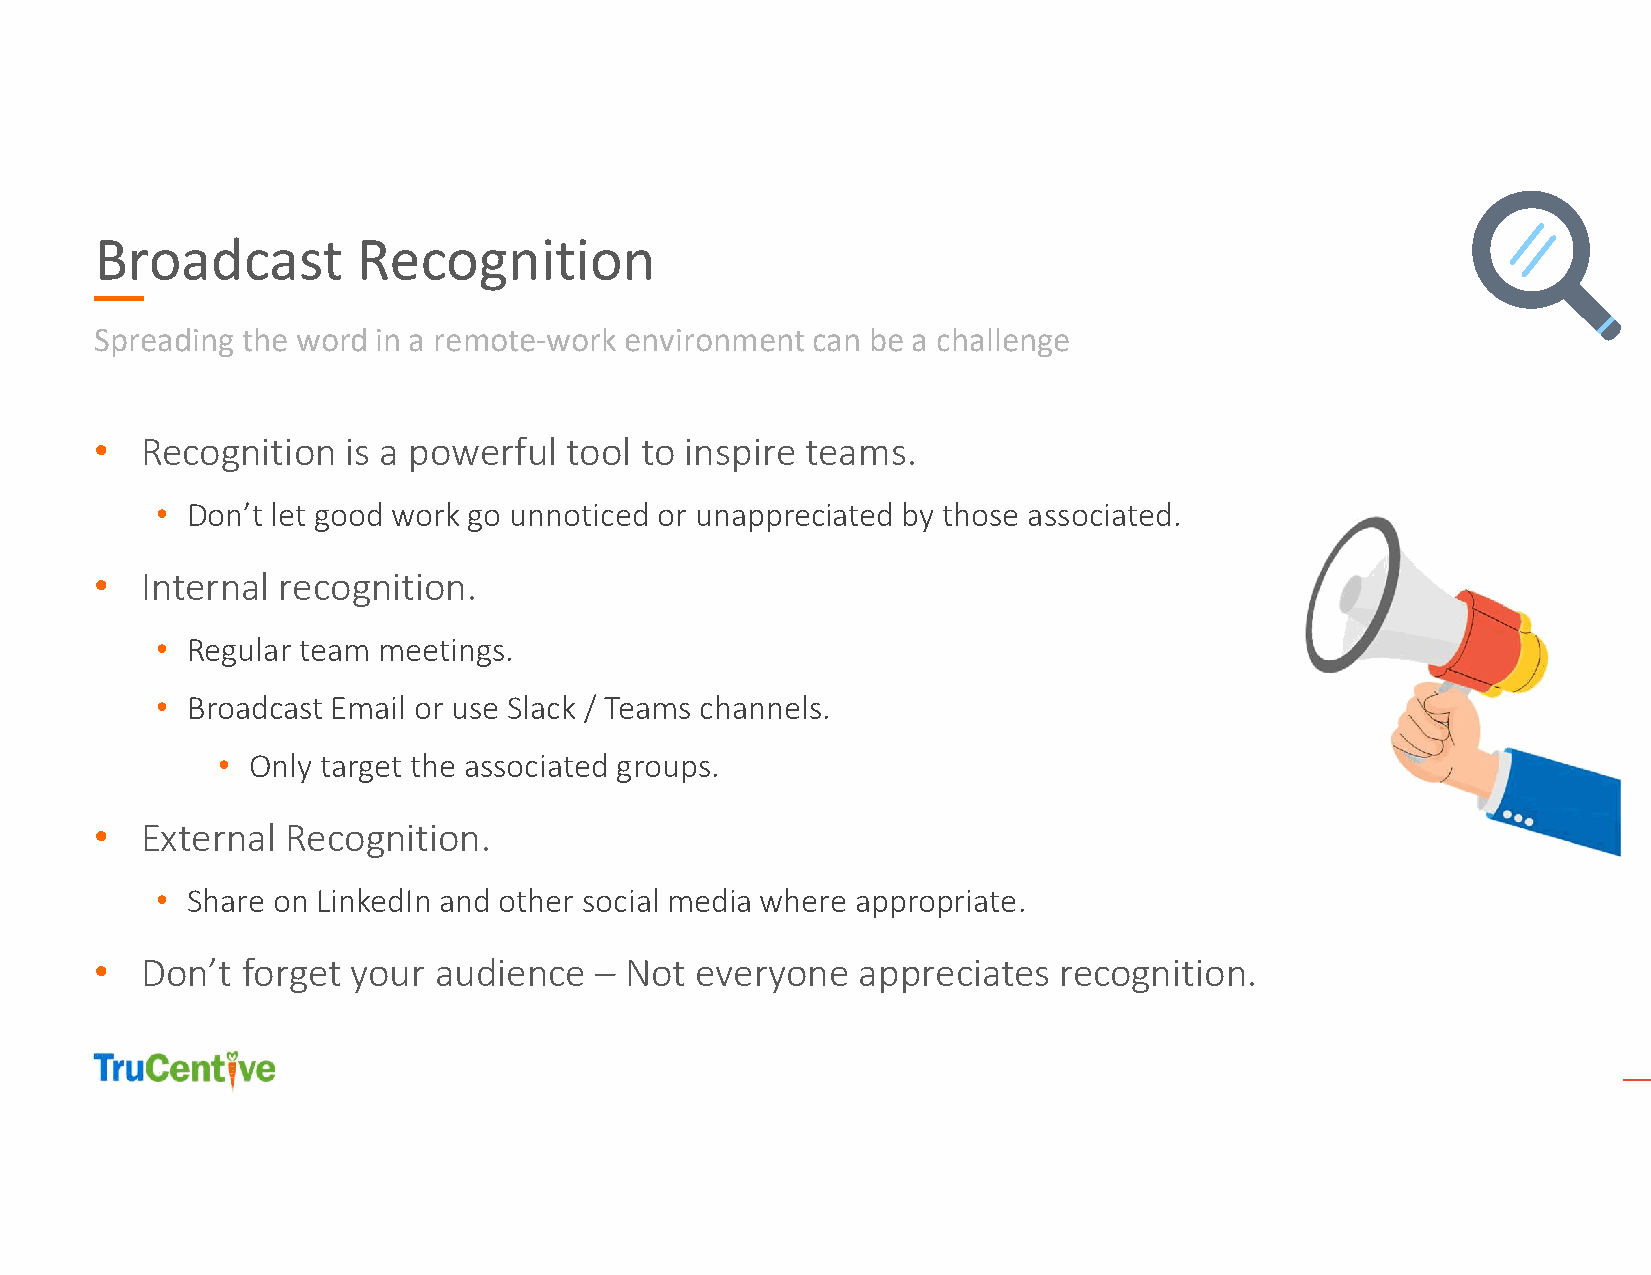
Broadcast         Recognition
 Spreading the word in a remote-work environment can be a challenge
 •  Recognition   is a powerful tool to inspire teams.
 • Don’t let good work go unnoticed or unappreciated by those associated.
 •  Internal recognition.
 • Regular team meetings.
 • Broadcast Email or use Slack / Teams channels.
 • Only target the associated groups.
 •  External  Recognition.
 • Share on LinkedIn and other social media where appropriate.
 •  Don’t  forget your  audience  – Not  everyone   appreciates  recognition.